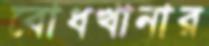
বোধখানার